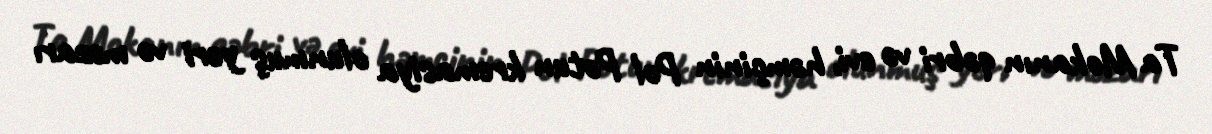
Ta Mokanın qəbri və evi, həmçinin Pol Potun kremasiya olunmuş yeri və məzarı